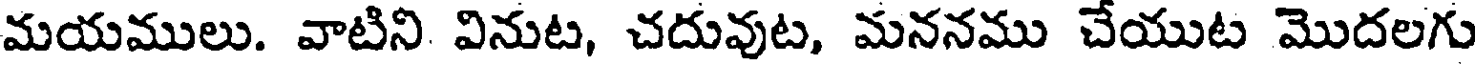
మయములు. వాటిని వినుట, చదువుట, మననము చేయుట మొదలగు